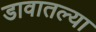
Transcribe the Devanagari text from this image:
डावातल्या